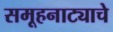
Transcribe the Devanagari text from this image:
समूहनाट्याचे